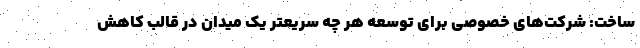
ساخت: شرکت‌های خصوصی برای توسعه هر چه سریعتر یک میدان در قالب کاهش